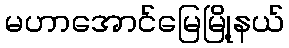
မဟာအောင်မြေမြို့နယ်